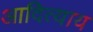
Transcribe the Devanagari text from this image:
आदित्याय